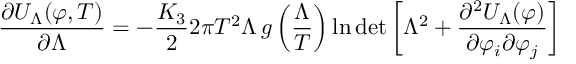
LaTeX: \frac { \partial U _ { \Lambda } ( \varphi , T ) } { \partial \Lambda } = - \frac { K _ { 3 } } { 2 } 2 \pi T ^ { 2 } \Lambda \, g \left( \frac { \Lambda } { T } \right) \ln \operatorname * { d e t } \left[ \Lambda ^ { 2 } + \frac { \partial ^ { 2 } U _ { \Lambda } ( \varphi ) } { \partial \varphi _ { i } \partial \varphi _ { j } } \right]